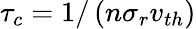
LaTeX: \tau_{c}=1/\left(n\sigma_{r}v_{th}\right)